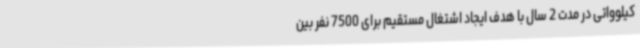
کیلوواتی در مدت 2 سال با هدف ایجاد اشتغال مستقیم برای 7500 نفر بین